Report on the working of the Ranchi Indian Mental Hospital, Kanke, in Bihar and Orissa - 1930-1940
Year: 1930
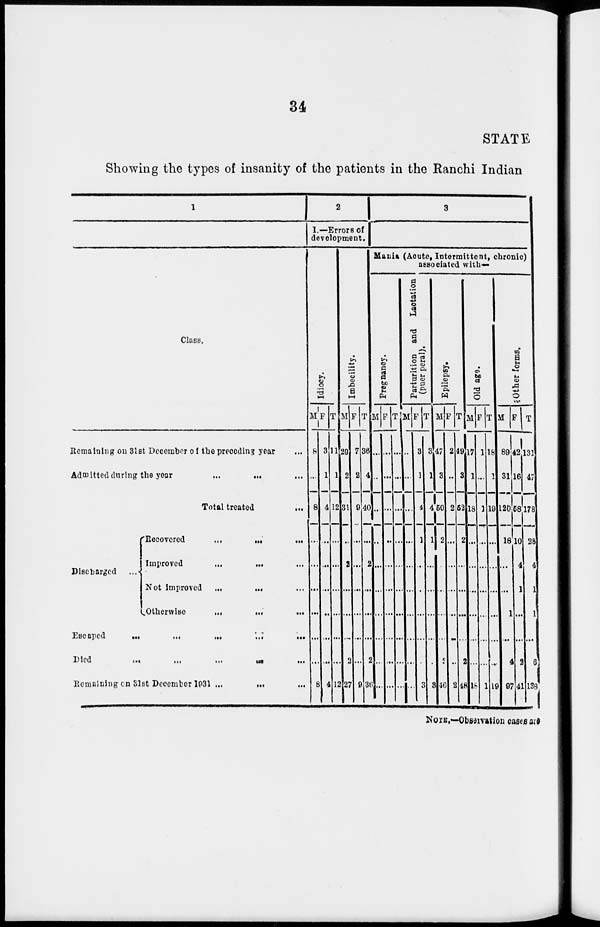
34
STATE
Showing the types of insanity of the patients in the Ranchi Indian
1
Class.
Remaining on 31st December of the preceding year ...
Admitted during the year
...
... ...
Total treated ...
Discharged
Recovered
...
...
...
Improved
...
... ...
Not Improved
...
... ...
Otherwise
...
... ...
Escaped
...
...
...
...
...
Died
...
...
...
...
...
Remaining on 31st December 1931 ...
... ...
2
I.— Errors of
development.
Idiocy.
M
8
...
8
...
...
...
...
...
...
8
F
3
1
4
...
...
...
...
...
...
4
T
11
1
12
...
...
...
...
...
...
12
Imbecility.
M
29
2
31
...
2
...
...
...
2
27
F
7
2
9
...
...
...
...
...
...
9
T
36
4
40
...
2
...
...
...
2
36
3
Mania (Acute, Intermittent, chronic)
associated with—
Pregnancy.
M
...
...
...
...
...
...
...
...
..
...
F
...
...
...
...
...
...
...
...
...
...
T
...
...
...
...
...
...
...
...
...
...
Parturition and
Lactation
(puerperal).
M
...
...
...
...
...
...
...
...
...
...
F
3
1
4
1
...
...
...
...
...
3
T
3
1
4
1
...
...
...
...
...
3
Epilepsy.
M
47
3
50
2
...
...
...
...
2
46
F
2
...
2
...
...
...
...
...
...
2
T
49
3
52
2
...
...
...
...
2
48
Old age.
M
17
1
18
...
...
...
...
...
...
18
F
1
...
1
...
...
...
...
...
...
1
T
18
1
10
...
...
...
...
...
...
19
Other forms.
M
89
31
120
18
...
...
1
...
4
97
F
42
16
58
10
4
1
...
...
2
41
T
131
47
178
28
4
1
1
...
6
138
NOTE.—Observation cases are